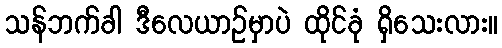
သန်ဘက်ခါ ဒီလေယာဉ်မှာပဲ ထိုင်ခုံ ရှိသေးလား။